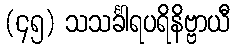
(၄၅) သသင်္ခါရပရိနိဗ္ဗာယီ